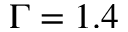
\Gamma = 1 . 4